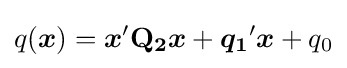
q({\boldsymbol {x}})={\boldsymbol {x}}'\mathbf {Q_{2}} {\boldsymbol {x}}+{\boldsymbol {q_{1}}}'{\boldsymbol {x}}+q_{0}